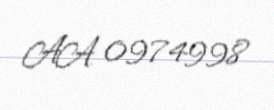
AA 0974998